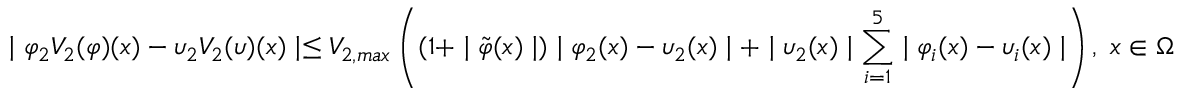
\mid \varphi _ { 2 } V _ { 2 } ( \varphi ) ( x ) - \upsilon _ { 2 } V _ { 2 } ( \upsilon ) ( x ) \mid \leq V _ { 2 , m a x } \left( ( 1 + \mid \tilde { \varphi } ( x ) \mid ) \mid \varphi _ { 2 } ( x ) - \upsilon _ { 2 } ( x ) \mid + \mid \upsilon _ { 2 } ( x ) \mid \sum _ { i = 1 } ^ { 5 } \mid \varphi _ { i } ( x ) - \upsilon _ { i } ( x ) \mid \right) , \; x \in \Omega